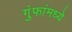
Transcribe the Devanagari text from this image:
गुंफांमध्ये